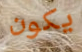
يكون